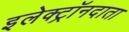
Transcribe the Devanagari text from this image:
इलेक्ट्रॉनदाता